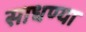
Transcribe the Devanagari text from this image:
साधण्या